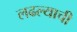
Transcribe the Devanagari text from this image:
लढल्याची